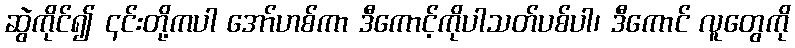
ဆွဲကိုင်၍ ၎င်းတို့ကပါ အော်ဟစ်ကာ ဒီကောင့်ကိုပါသတ်ပစ်ပါ၊ ဒီကောင် လူတွေကို